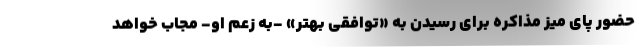
حضور پای میز مذاکره برای رسیدن به «توافقی بهتر» -به زعم او- مجاب خواهد